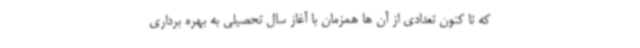
که تا کنون تعدادی از آن ها همزمان با آغاز سال تحصیلی به بهره برداری